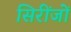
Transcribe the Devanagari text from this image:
सिरींजों